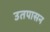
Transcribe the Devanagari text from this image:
उतपासन